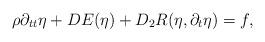
LaTeX: \begin{align*} \rho \partial_{tt} \eta + DE(\eta) + D_2R(\eta,\partial_t \eta) = f, \end{align*}